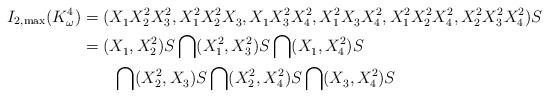
LaTeX: \begin{align*}I_{2,\max}(K^4_\omega)&=(X_1^{}X_2^2X_3^2, X_1^2X_2^2X_3^{},X_1^{}X_3^2X_4^2,X_1^2X_3^{}X_4^2,X_1^2X_2^2X_4^2,X_2^2X_3^2X_4^2)S\\&=(X_1^{},X_2^2)S\bigcap(X_1^2,X_3^2)S\bigcap(X_1^{},X_4^2)S\\&\qquad\bigcap(X_2^2,X_3^{})S\bigcap(X_2^2,X_4^2)S\bigcap(X_3^{},X_4^2)S\end{align*}